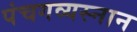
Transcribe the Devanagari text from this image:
पंचगव्यस्नान